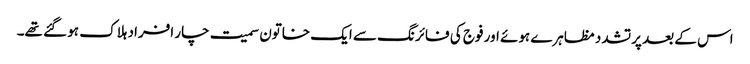
اس کے بعد پرتشدد مظاہرے ہوئے اور فوج کی فائرنگ سے ایک خاتون سمیت چار افراد ہلاک ہو گئے تھے۔